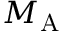
M _ { \mathrm { A } }